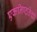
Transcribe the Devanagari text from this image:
एकनिष्ठतेची